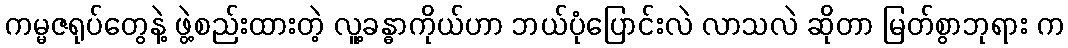
ကမ္မဇရုပ်တွေနဲ့ ဖွဲ့စည်းထားတဲ့ လူ့ခန္ဓာကိုယ်ဟာ ဘယ်ပုံပြောင်းလဲ လာသလဲ ဆိုတာ မြတ်စွာဘုရား က